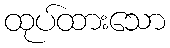
ထုပ်ထားသော